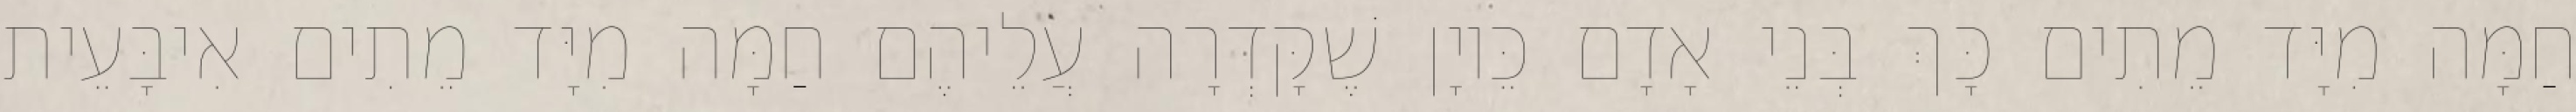
חַמָּה מִיָּד מֵתִים כָּךְ בְּנֵי אָדָם כֵּיוָן שֶׁקָּדְרָה עֲלֵיהֶם חַמָּה מִיָּד מֵתִים אִיבָּעֵית